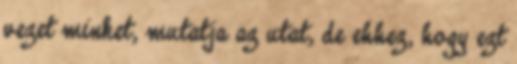
vezet minket, mutatja az utat, de ehhez, hogy ezt